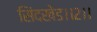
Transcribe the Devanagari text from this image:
सिंदखेड।।२।।